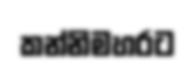
කන්නිමහරට